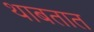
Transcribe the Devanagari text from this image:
थाबतात